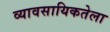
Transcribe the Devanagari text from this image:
व्यावसायिकतेला